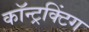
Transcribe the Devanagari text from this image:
कॉन्ट्रक्टिंग